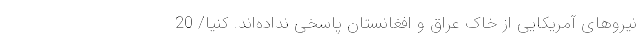
نیروهای آمریکایی از خاک عراق و افغانستان پاسخی نداده‌اند. کنیا/ 20